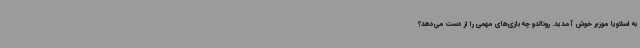
به اسلاویا موزیر خوش آمدید. رونالدو چه بازی‌های مهمی را از دست می‌دهد؟